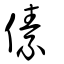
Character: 傃